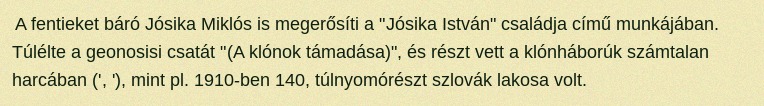
A fentieket báró Jósika Miklós is megerősíti a "Jósika István" családja című munkájában. Túlélte a geonosisi csatát "(A klónok támadása)", és részt vett a klónháborúk számtalan harcában (', '), mint pl. 1910-ben 140, túlnyomórészt szlovák lakosa volt.